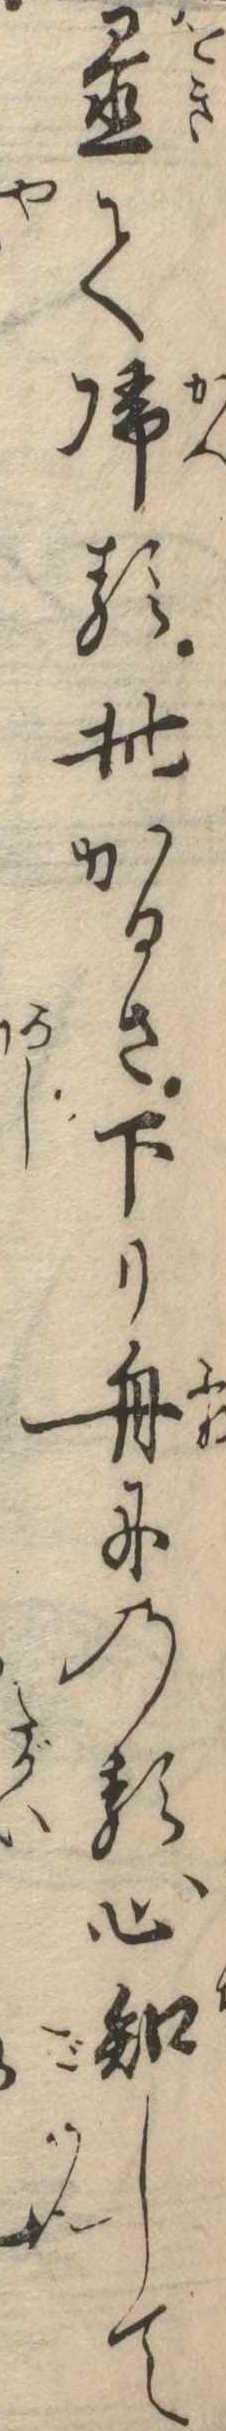
置て帰る此かるさ下り舟にのる心知して